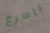
باسرع